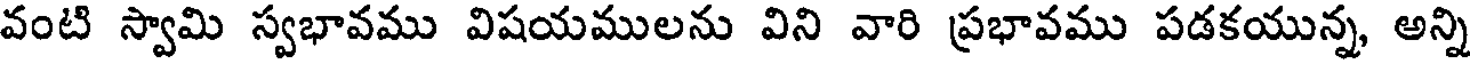
వంటి స్వామి స్వభావము విషయములను విని వారి ప్రభావము పడకయున్న, అన్ని